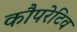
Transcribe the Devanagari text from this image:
कौपरेटिव